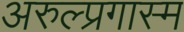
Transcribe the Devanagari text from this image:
अरुल्प्रगास्म